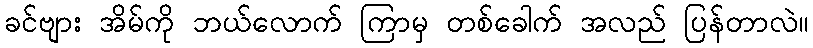
ခင်ဗျား အိမ်ကို ဘယ်လောက် ကြာမှ တစ်ခေါက် အလည် ပြန်တာလဲ။